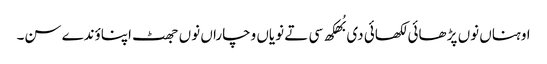
اوہناں نوں پڑ ھائی لکھائی دی بُھکھ سی تے نویاں وچاراں نوں جھٹ اپناؤندے سن۔